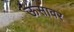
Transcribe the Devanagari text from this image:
ऊसावर